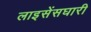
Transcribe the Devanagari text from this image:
लाइसेंसघारी